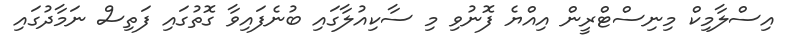
އިސްލާމިކް މިނިސްޓްރީން އިއްޔެ ފޮނުވި މި ސާކިއުލާގައި ބުނެފައިވާ ގޮތުގައި ފަތިސް ނަމާދުގައި